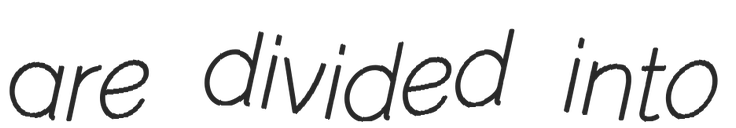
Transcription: are divided into